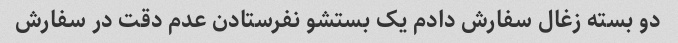
دو بسته زغال سفارش دادم یک بستشو نفرستادن عدم دقت در سفارش